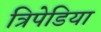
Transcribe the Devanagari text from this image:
त्रिपेडिया